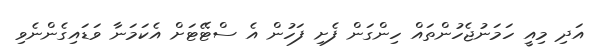
އަދި މިއީ ހަމަނުޖެހުންތައް ހިންގަން ފެށި ފަހުން އެ ސްޓޭޓަށް އެކަމަނާ ވަޑައިގެންނެވި